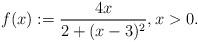
LaTeX: \begin{align*}f(x):=\frac{4x}{2+(x-3)^2}, x>0.\end{align*}